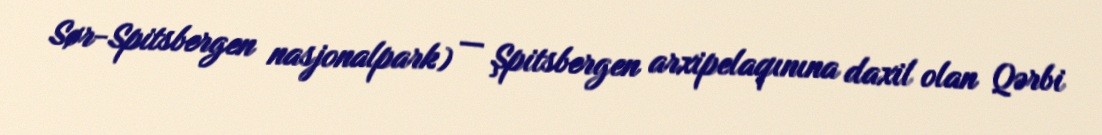
Sør-Spitsbergen nasjonalpark) — Şpitsbergen arxipelaqınına daxil olan Qərbi